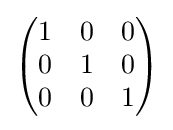
{\begin{pmatrix}1&0&0\\0&1&0\\0&0&1\end{pmatrix}}